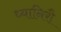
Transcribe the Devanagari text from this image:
ध्यानिरौ